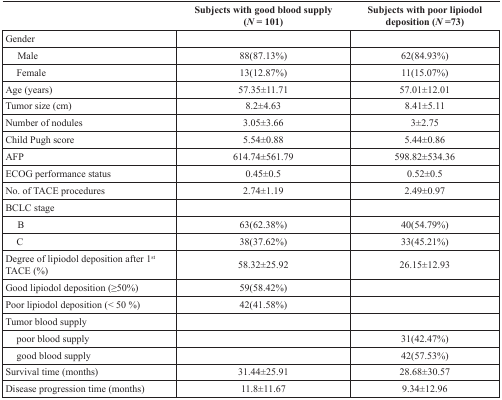
<table><thead><tr><td></td><td><b>Subjects with good blood supply (<i>N</i> = 101)</b></td><td><b>Subjects with poor lipiodol deposition (<i>N</i> =73)</b></td></tr></thead><tbody><tr><td>Gender</td><td></td><td></td></tr><tr><td> Male</td><td>88(87.13%)</td><td>62(84.93%)</td></tr><tr><td> Female</td><td>13(12.87%)</td><td>11(15.07%)</td></tr><tr><td>Age (years)</td><td>57.35±11.71</td><td>57.01±12.01</td></tr><tr><td>Tumor size (cm)</td><td>8.2±4.63</td><td>8.41±5.11</td></tr><tr><td>Number of nodules</td><td>3.05±3.66</td><td>3±2.75</td></tr><tr><td>Child Pugh score</td><td>5.54±0.88</td><td>5.44±0.86</td></tr><tr><td>AFP</td><td>614.74±561.79</td><td>598.82±534.36</td></tr><tr><td>ECOG performance status</td><td>0.45±0.5</td><td>0.52±0.5</td></tr><tr><td>No. of TACE procedures</td><td>2.74±1.19</td><td>2.49±0.97</td></tr><tr><td>BCLC stage</td><td></td><td></td></tr><tr><td> B</td><td>63(62.38%)</td><td>40(54.79%)</td></tr><tr><td> C</td><td>38(37.62%)</td><td>33(45.21%)</td></tr><tr><td>Degree of lipiodol deposition after 1<sup>st</sup> TACE (%)</td><td>58.32±25.92</td><td>26.15±12.93</td></tr><tr><td>Good lipiodol deposition (≥50%)</td><td>59(58.42%)</td><td></td></tr><tr><td>Poor lipiodol deposition (&lt; 50 %)</td><td>42(41.58%)</td><td></td></tr><tr><td>Tumor blood supply</td><td></td><td></td></tr><tr><td> poor blood supply</td><td></td><td>31(42.47%)</td></tr><tr><td> good blood supply</td><td></td><td>42(57.53%)</td></tr><tr><td>Survival time (months)</td><td>31.44±25.91</td><td>28.68±30.57</td></tr><tr><td>Disease progression time (months)</td><td>11.8±11.67</td><td>9.34±12.96</td></tr></tbody></table>